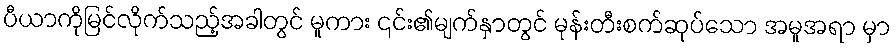
ပီယာကိုမြင်လိုက်သည့်အခါတွင် မူကား ၎င်း၏မျက်နှာတွင် မုန်းတီးစက်ဆုပ်သော အမူအရာ မှာ